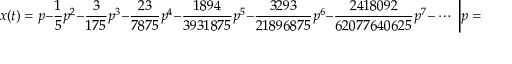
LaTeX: x ( t ) = p - { \frac { 1 } { 5 } } p ^ { 2 } - { \frac { 3 } { 1 7 5 } } p ^ { 3 } - { \frac { 2 3 } { 7 8 7 5 } } p ^ { 4 } - { \frac { 1 8 9 4 } { 3 9 3 1 8 7 5 } } p ^ { 5 } - { \frac { 3 2 9 3 } { 2 1 8 9 6 8 7 5 } } p ^ { 6 } - { \frac { 2 4 1 8 0 9 2 } { 6 2 0 7 7 6 4 0 6 2 5 } } p ^ { 7 } - \ \cdots \ { \bigg | } { p = \left( { \frac { 3 } { 2 } } t \right) ^ { 2 / 3 } }